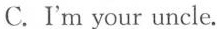
C.I'm your uncle.